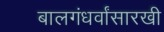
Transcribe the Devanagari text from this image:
बालगंधर्वांसारखी